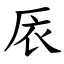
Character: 㕈